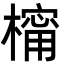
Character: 橣